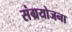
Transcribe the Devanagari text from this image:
संग्रयोजना